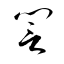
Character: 誾